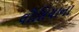
લૌસિયાના